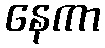
နေကာ